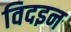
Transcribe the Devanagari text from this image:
विदइन